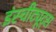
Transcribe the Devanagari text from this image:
इंस्चीट्यूट्स